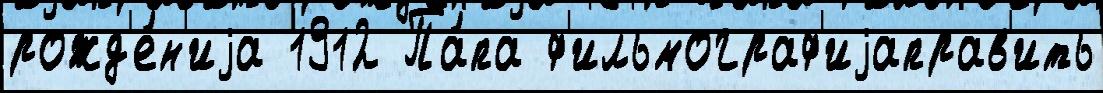
рожд'е́н'иjа 1912 Па́па ф'ильмограф'иjаправ'ить